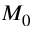
M _ { 0 }